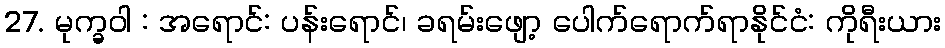
27. မုက္ခဝါ : အရောင်: ပန်းရောင်၊ ခရမ်းဖျော့ ပေါက်ရောက်ရာနိုင်ငံ: ကိုရီးယား